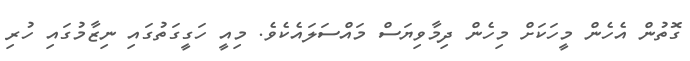
ގޮތުން އެހެން މީހަކަށް މިހެން ދިމާވިޔަސް މައްސަލައެކެވެ. މިއީ ހަގީގަތުގައި ނިޒާމުގައި ހުރި